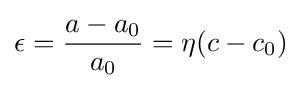
\epsilon ={\frac {a-a_{0}}{a_{0}}}=\eta (c-c_{0})